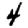
Digit: 4